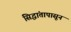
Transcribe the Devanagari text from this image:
सिद्धांतापासून